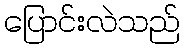
ပြောင်းလဲသည်